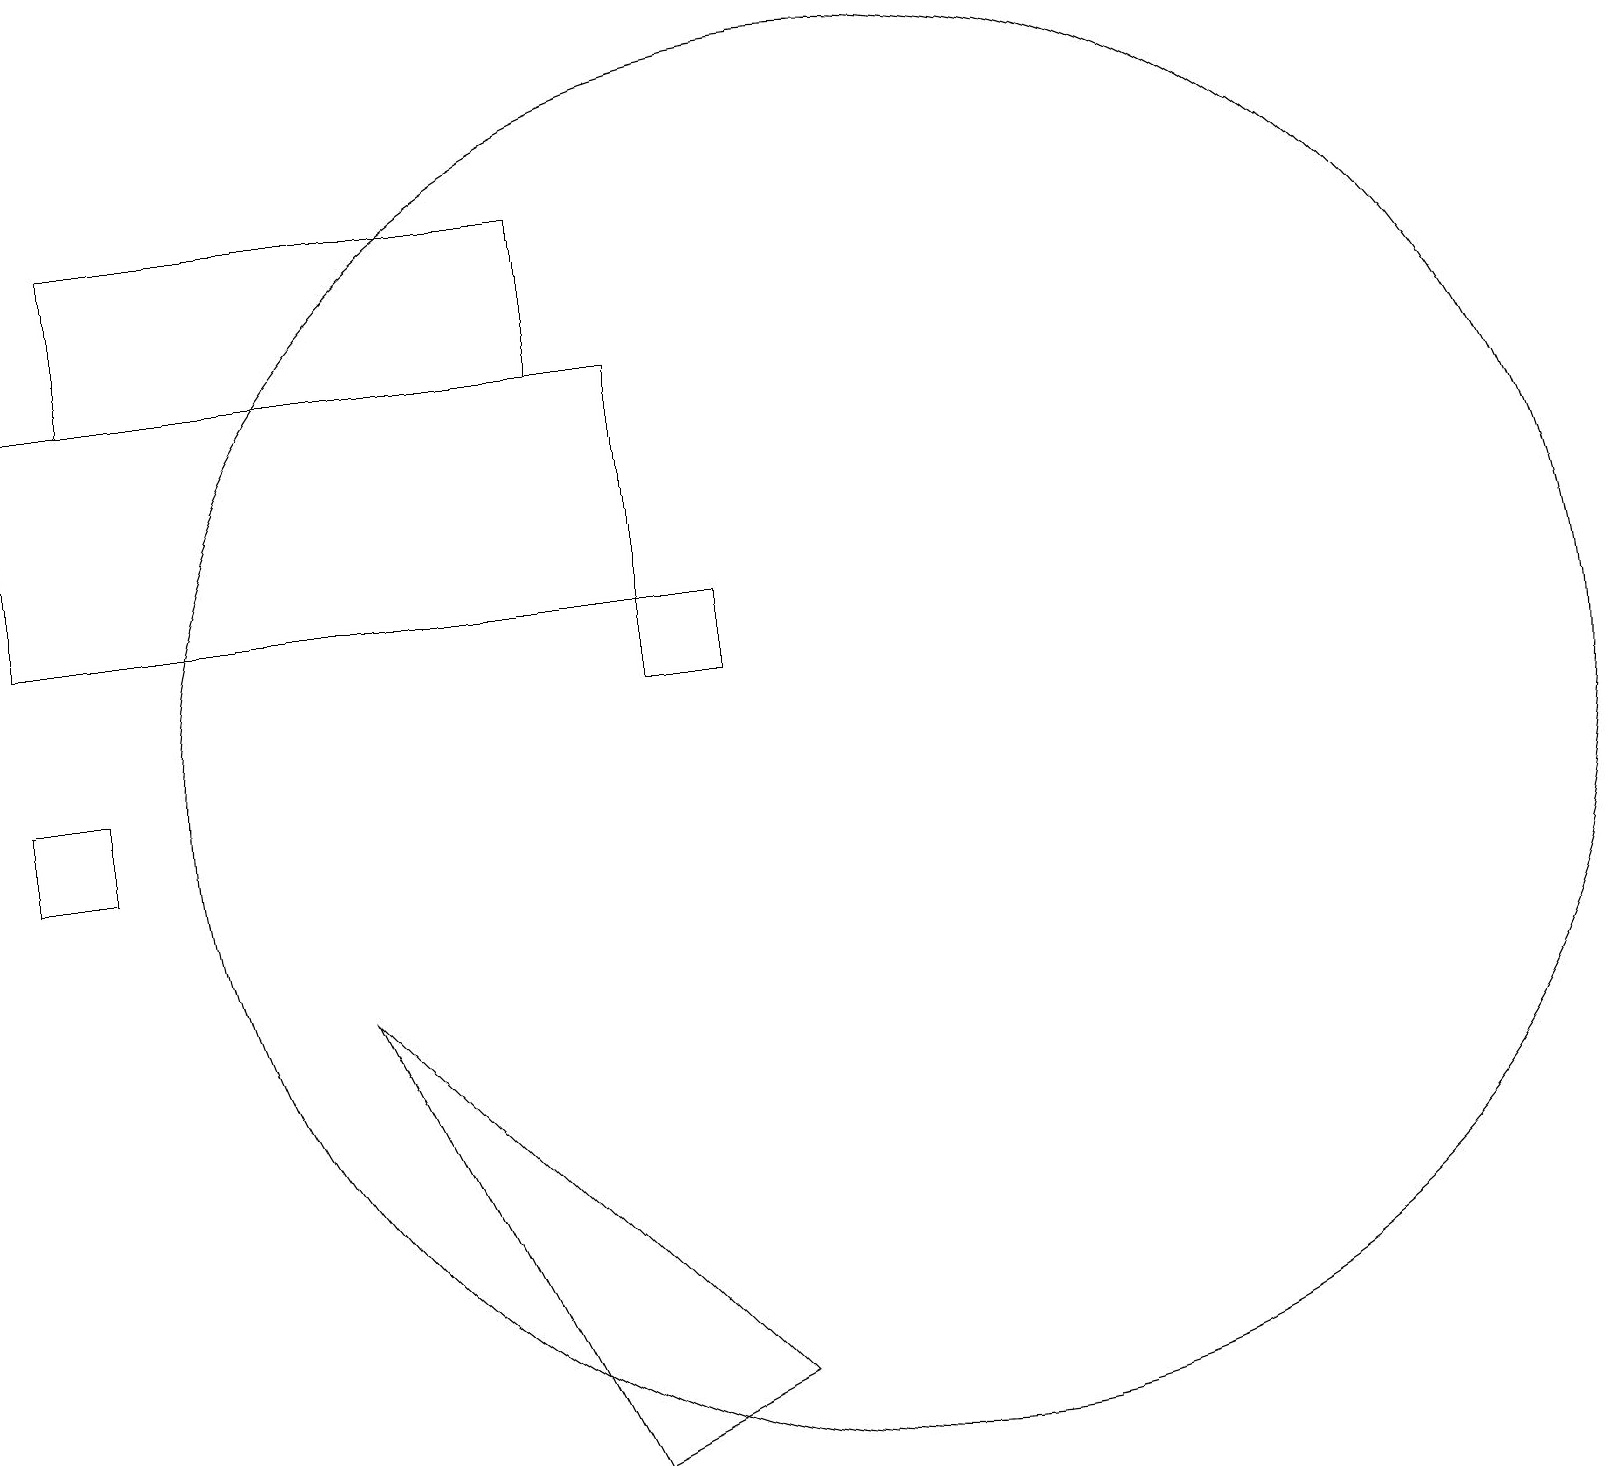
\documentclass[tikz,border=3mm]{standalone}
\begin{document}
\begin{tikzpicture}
\draw (8,13) rectangle (0,16);
\draw (1,11) rectangle (0,10);
\draw (11,11) circle (9);
\draw (8,13) rectangle (9,12);
\draw (7,2) -- (4,8) -- (9,3) -- cycle;
\draw (1,16) rectangle (7,18);
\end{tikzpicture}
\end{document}